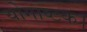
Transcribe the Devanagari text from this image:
योगाष्टक।